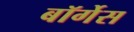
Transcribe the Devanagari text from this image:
बॉर्गेस